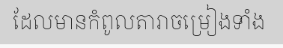
ដែលមានកំពូលតារាចម្រៀងទាំង